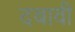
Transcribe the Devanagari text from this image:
दबावी